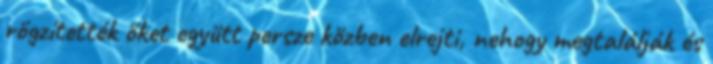
rögzítették őket együtt persze közben elrejti, nehogy megtalálják és